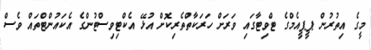
މީގެ އިތުރުން ޕީޕީއެމްގެ ޓްވިޓާގައި ވަރަށް ހަރަކާތްތެރިކޮށް އުޅޭ އެކްޓިވިސްޓުންގެ އެކައުންޓްތައް ވެސް